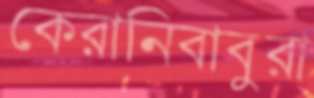
কেরানিবাবুরা